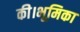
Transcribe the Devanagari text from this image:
की।भूमिका